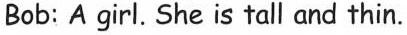
Bob: A girl. She is tall and thin.